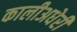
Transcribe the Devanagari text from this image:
कालीअधेरी